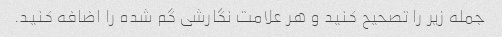
جمله زیر را تصحیح کنید و هر علامت نگارشی گم شده را اضافه کنید.